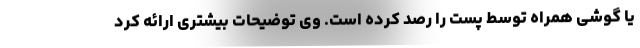
یا گوشی همراه توسط پست را رصد کرده است. وی توضیحات بیشتری ارائه کرد